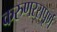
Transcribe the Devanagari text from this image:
करुणरसपूर्ण